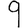
Digit: 9